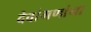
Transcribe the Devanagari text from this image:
देवांगणांना